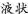
甲 乙